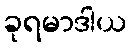
ခုရမာဒါယ